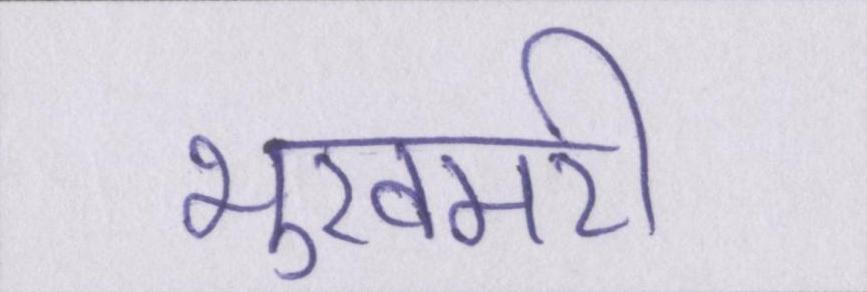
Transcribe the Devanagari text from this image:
भुखमरी